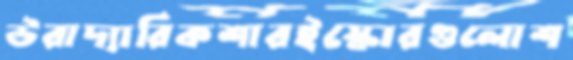
উরাদ্যারিকশারইস্কোরগুলোশ